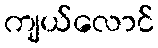
ကျယ်လောင်